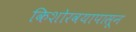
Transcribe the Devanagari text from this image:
किशोरवयापासून